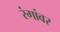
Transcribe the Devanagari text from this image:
रंगांवर